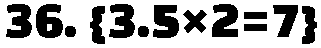
36. {3.5×2=7}